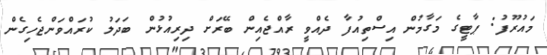
މައުރޫފު: ޕާޓީގެ މަގާމުން އިސްތިއުފާ ދެއްވީ ރާއްޖެއިން ބޭރަށް ދިރިއުޅުން ބަދަލު ކުރައްވަންޖެހިގެން